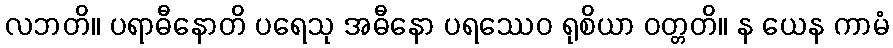
လဘတိ။ ပရာဓီနောတိ ပရေသု အဓီနော ပရဿေဝ ရုစိယာ ဝတ္တတိ။ န ယေန ကာမံ